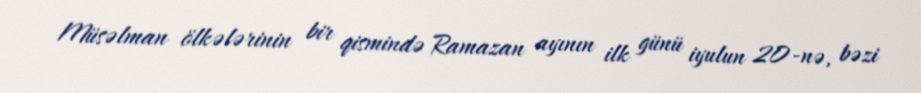
Müsəlman ölkələrinin bir qismində Ramazan ayının ilk günü iyulun 20-nə, bəzi